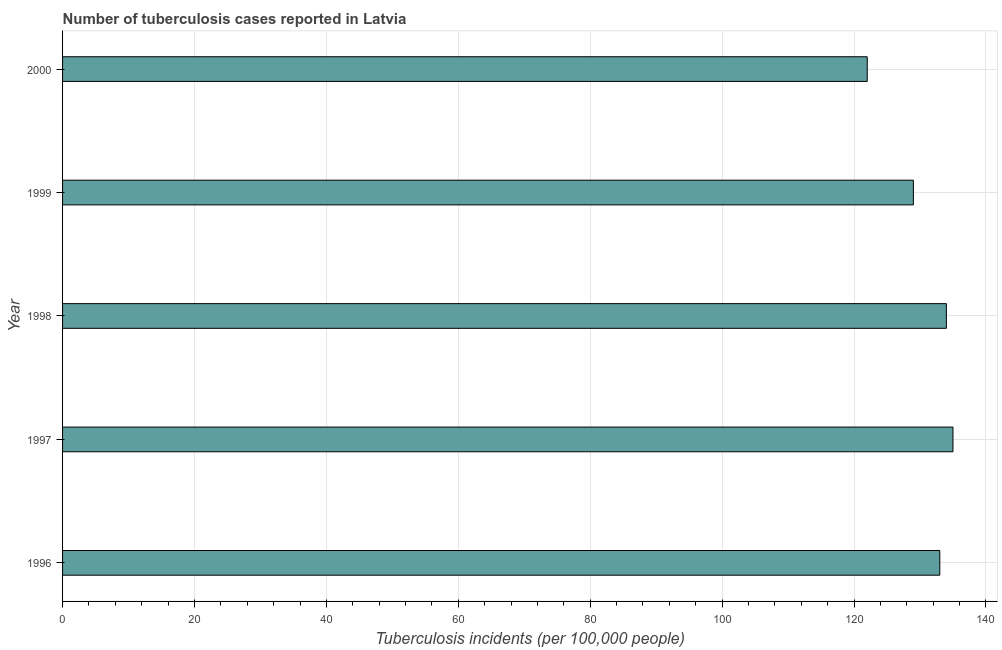
| Year | Incidence of tuberculosis |
 | --- | --- |
 | 1996 | 133 |
 | 1997 | 135 |
 | 1998 | 134 |
 | 1999 | 129 |
 | 2000 | 122 |